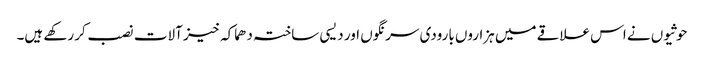
حوثیوں نے اس علاقے میں ہزاروں بارودی سرنگوں اور دیسی ساختہ دھماکہ خیز آلات نصب کر رکھے ہیں۔